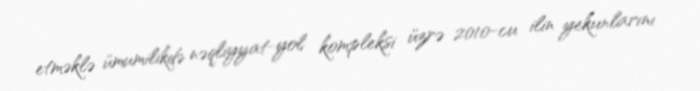
etməklə ümumilikdə nəqliyyat-yol kompleksi üzrə 2010-cu ilin yekunlarını